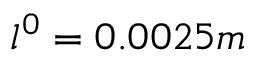
l ^ { 0 } = 0 . 0 0 2 5 m